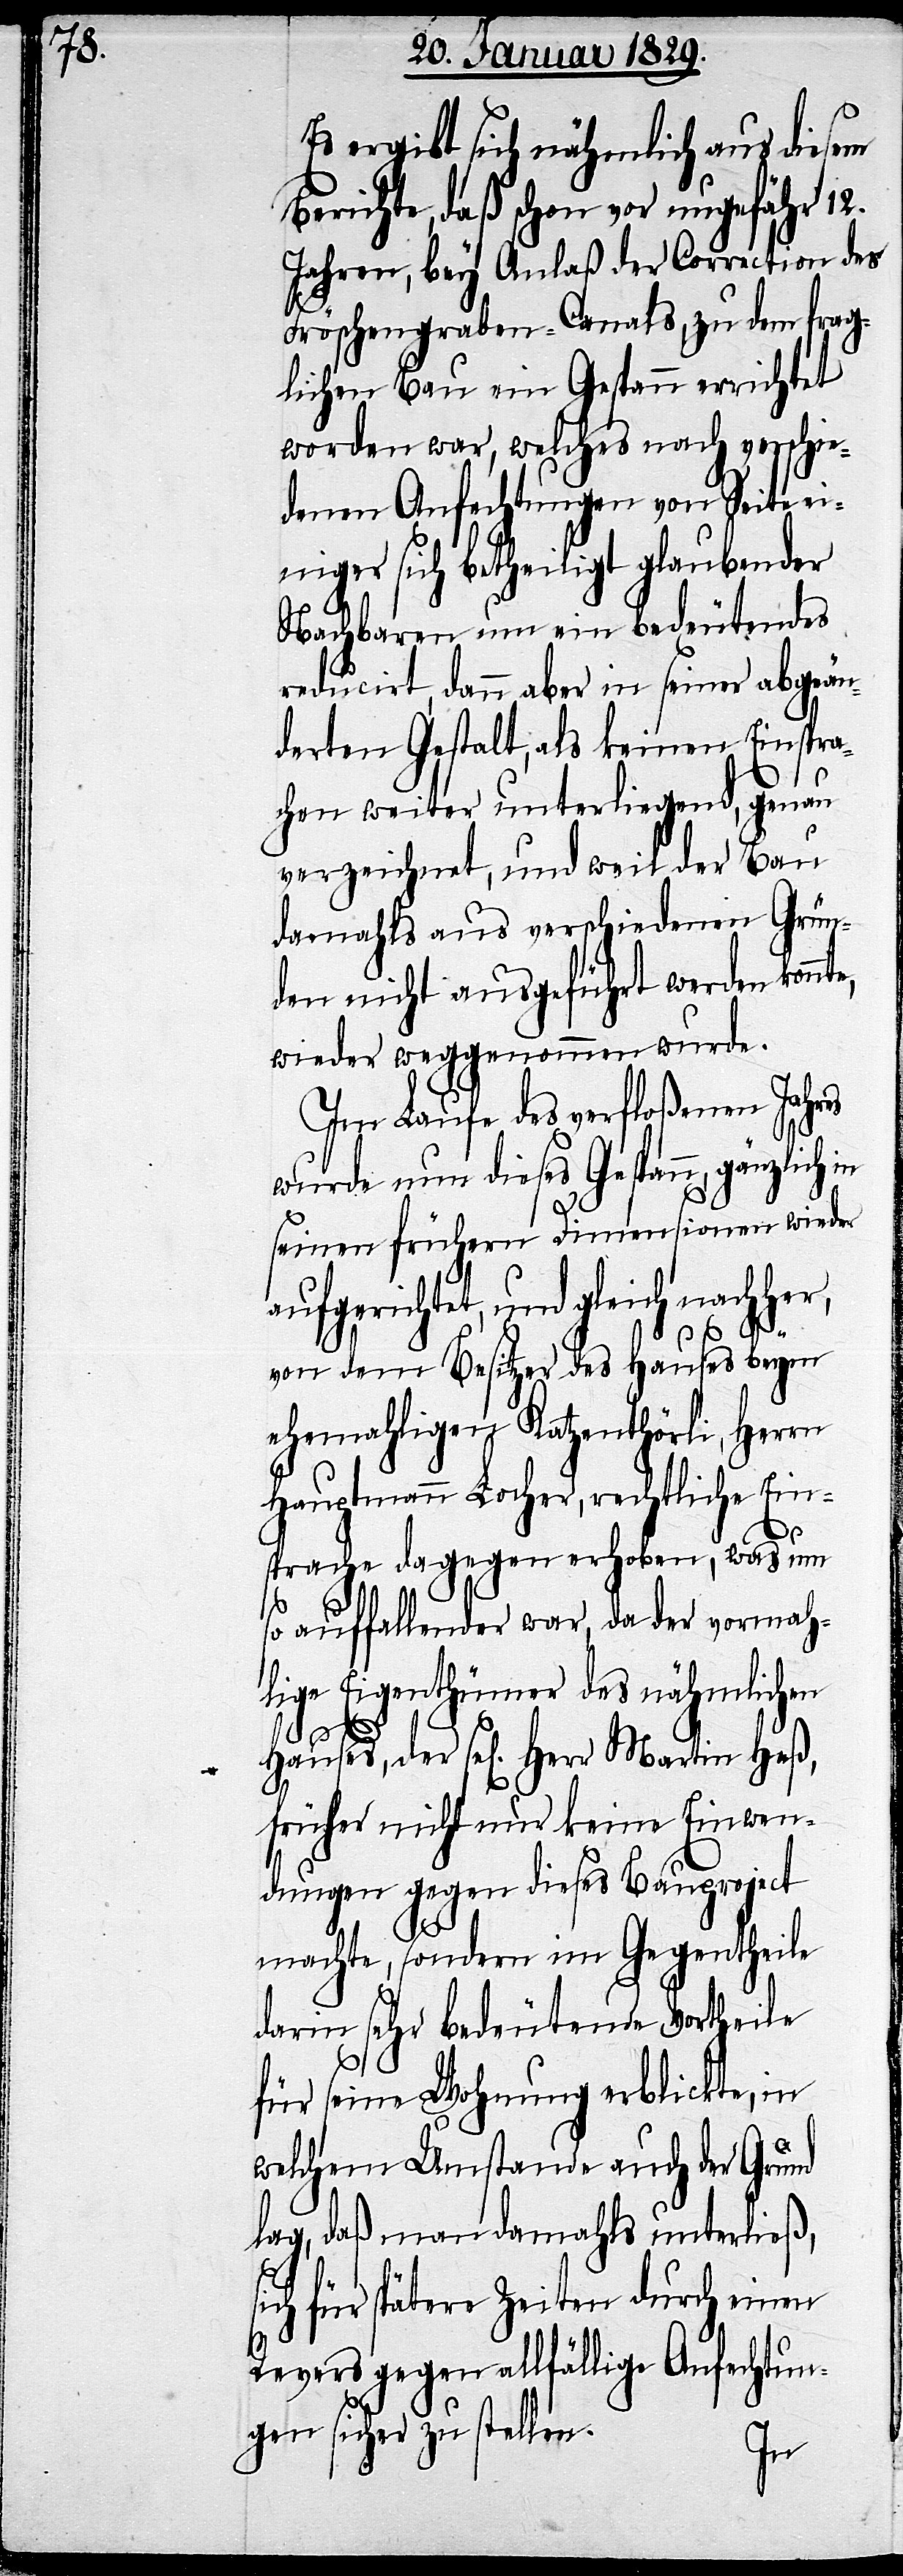
s¬

Es ergibt sich nähmlich aus diesem
Berichte, daß schon vor ungefähr 12.
Jahren, bey Anlaß der Correction des
Fröschengraben-Canals, zu dem frag¬
lichen Bau ein Gespann errichtet
worden war, welches nach verschie¬
denen Anfechtungen von Seite ei¬
niger sich betheiligt glaubender
Nachbaren um ein bedeutendes
reducirt, dann aber in seiner abgeän¬
derten Gestalt, als keinen Einspra¬
chen weiter unterliegend, genau
verzeichnet, und weil der Bau
damahls aus verschiedenen Grün¬
den nicht ausgeführt werden konnte,
wieder weggenommen wurde.
Im Laufe des verfloßenen Jahres
wurde nun dieses Gespann, gänzlich in
seinen frühern Dimensionen wieder
aufgerichtet, und gleich nachher,
von dem Besitzer des Hauses beym
ehemahligen Katzenthörli, Herrn
Hauptmann Locher, rechtliche Ein¬
sprache dagegen erhoben, was um
so auffallender war, da der vormah¬
lige Eigenthümer des nähmlichen
früher nicht nur keine Einwen¬
dung gegen dieses Bauproject
machte, sondern im Gegentheile
darin sehr bedeutende Vortheile
für seine Wohnung erblickte, in
welchem Umstande auch der Grund
lag, daß man damahls unterließ,
ich für spätere Zeiten durch einen
Revers gegen allfällige Anfechtun¬
gen sicher zu stellen.